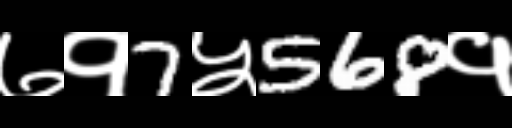
Text: ७१7५568१